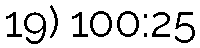
19) 100:25